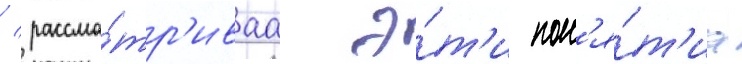
/ рассма́тр'иваа э́т'и пон'я́т'иа